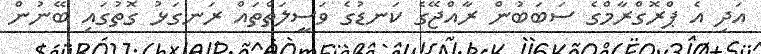
އަދި އެ ޕްރޮގްރާމްގެ ސަބަބުން ރާއްޖޭގެ ކަނޑުގެ ވަސީލަތްތައް ރަނގަޅު ގޮތުގައި ބޭނުން